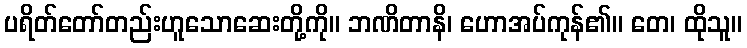
ပရိတ်တော်တည်းဟူသောဆေးတို့ကို။ ဘဏိတာနိ၊ ဟောအပ်ကုန်၏။ တေ၊ ထိုသူ။